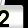
Digit: 2